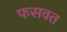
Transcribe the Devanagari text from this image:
फसवत